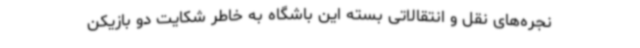
نجره‌های نقل و انتقالاتی بسته این باشگاه به خاطر شکایت دو بازیکن